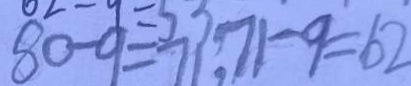
8 0 - 9 = 7 1 , 7 1 - 9 = 6 2